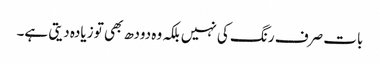
بات صرف رنگ کی نہیں بلکہ وہ دودھ بھی تو زیادہ دیتی ہے۔